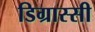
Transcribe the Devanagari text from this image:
डिग्रास्सी